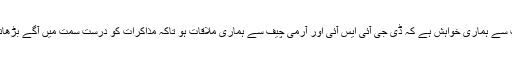
طالبان کمیٹی کے ممبر کی حیثیت سے ہماری خواہش ہے کہ ڈی جی آئی ایس آئی اور آرمی چیف سے ہماری ملاقات ہو تاکہ مذاکرات کو درست سمت میں آگے بڑھانے کے عمل کو تیز کیا جاسکے ۔